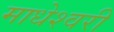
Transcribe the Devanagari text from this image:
माधेश्वरी